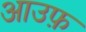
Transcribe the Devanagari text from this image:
आउफ़